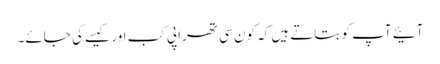
آئیے آپ کو بتاتے ہیں کہ کون سی تھراپی کب اور کیسے کی جائے۔